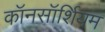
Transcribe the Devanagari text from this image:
कॉनसॉर्शियम